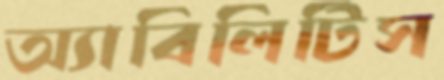
অ্যাবিলিটিস